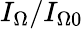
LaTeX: I_{\Omega}/I_{\Omega 0}